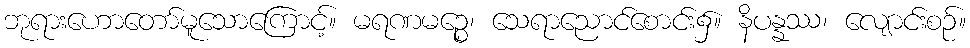
ဘုရားဟောတော်မူသောကြောင့်။ မရဏမဉ္စေ၊ သေရာညောင်စောင်း၌။ နိပန္နဿ၊ လျောင်းစဉ်။